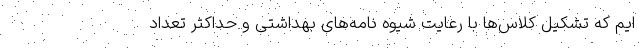
ایم که تشکیل کلاس‌ها با رعایت شیوه نامه‌های بهداشتی و حداکثر تعداد